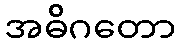
အဓိဂတော